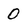
Character: 0